King Institute of Preventive Medicine Micro-Biological Section reports 1909-11
Year: 1909
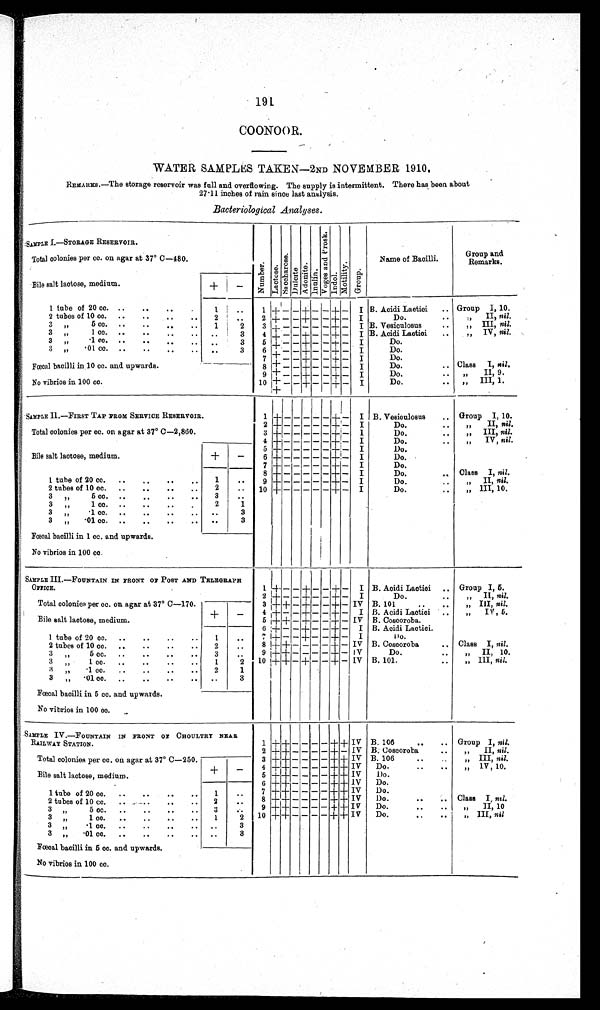
191
COONOOR.
WATER SAMPLES TAKEN
—2ND NOVEMBER 1910.
REMARKS.—The storage reservoir was full and overflowing. The supply is intermittent. There has been about
27·11 inches of rain since last analysis.
Bacteriological Analyses.
SAMPLE I.—STORAGE RESERVOIR.
Number.Lact ose.Sacchar ose.Dul ci t e.Adoni t e.Inul i n. V o g e s a n d P r o s k . Indol .Motility.Group.
Name of Bacilli.
Group and
Remarks.
Total colonies per cc. on agar at 37° C
—480.
Bile salt lactose, medium.
+
–
1 tube of 20 cc.
1
1 +
– –
+
– –
+
–
I B. Acidi Lactici
Group I, 10.
2 tubes of 10 cc.
2
2
+ – –
+
– –
+
–
I
Do.
„
II,
nil.
3 „ 5 cc.
1
2
3
+
– – – – –
+
–
I B. Vesiculosus
„
III,
nil.
3 „ 1 cc.
3
4
+
– –
+
– –
+
–
I B. Acidi Lactici
„
IV,
nil.
3 „ ·1 cc.
3
5
+
– –
+
– –
+
–
I
Do.
3 „ ·01cc.
3
6
+
– –
+
– –
+
–
I
Do.
Fœcal bacilli in 10 cc. and upwards.
7
+
– –
+
– –
+
–
I
Do.
8
+
– –
+
– –
+
–
I
Do.
Class I, nil.
No vibrios in 100 cc.
9
+
– –
+
– –
+
–
I
Do.
„
II
, 9.
10
+
– –
+
– –
+
–
I
Do.
„
III,
1.
SAMPLE II.—FIRST TAP FROM SERVICE RESERVOIR.
1
+
– – – – –
+
–
I B. Vesiculosus
Group I, 10.
2
+
– – – – –
+
–
I
Do.
„
II,
nil.
Total colonies per cc. on agar at 37° C
—2,860.
3
+
– – – – –
+
–
I
Do.
„
III,
nil.
4
+
– – – – –
+
–
I
Do.
„
IV,
nil.
5
+
– – – – –
+
–
I
Do.
Bile salt lactose, medium.
+
–
6
+
– – – – –
+
–
I
Do.
7
+
– – – – –
+
–
I
Do.
8
+
– – – – –
+
–
I
Do.
Class I, nil.
1 tube of 20 cc.
1
9
+
– – – – –
+
–
I
Do.
„
II,
nil.
2 tubes of 10 cc.
2
10
+
– – – – –
+
–
I
Do.
„
III,
10.
3 „ 5 cc.
3
3 „ 1 cc.
2
1
3 „ ·1 cc.
3
3 „ ·01 cc.
3
Fœcal bacilli in 1 cc. and upwards.
No vibrios in 100 cc.
SAMPLE III.—FOUNTAIN IN FRONT OF POST AND TELEGRAPH
OFFICE.
1
+
– –
+
– –
+
–
I B. Acidi Lactici
Group I, 5.
2
+
– –
+
– –
+
–
I
Do.
„
II,
nil.
Total colonies per cc. on agar at 37° C
—170.
3
+ +
–
+
– –
+
– IV B. 101
„
III,
nil.
Bile salt lactose, medium.
+
–
4
+
– –
+
– –
+
–
I B. Acidi Lactici
„
IV,
5.
5
+ +
–
+
– –
+
– IV B. Coscoroba.
6
+
– –
+
– –
+
–
I B. Acidi Lactici.
1 tube of 20 cc.
1
7
+
– –
+
– –
+
–
I
Do.
2 tubes of 10 cc
2
8
+ +
– – – –
+
– IV B. Coscoroba
Class I, nil.
3 „ 5 cc.
3
9
+ +
– – – –
+
– IV
Do.
„
II
, 10.
3 „ 1 cc.
1
2
10
+ +
–
+
– –
+
– IV B. 101.
„
III,
nil.
3 „ ·1 cc.
2
1
3 „ ·01 cc.
3
Fœcal bacilli in 5 cc. and upwards.
No vibrios in 100 cc.
SAMPLE IV.—FOUNTAIN IN FRONT OF CHOULTRY NEAR
RAILWAY STATION.
1
+ +
– – –
–
+ +
IV B. 106
Group I, nil.
2
+ +
– – – –
+
- IV B. Coscoroba
„
II,
nil.
Total colonies per cc. on agar at 37° C
—250.
3
+ +
– – – –
+ +
IV B. 106
„
III,
nil.
Bile salt lactose, medium.
+ –
4
+ +
– – – –
+ +
IV
Do.
„
IV,
10.
5
+ +
– – – –
+ +
IV
Do.
6
+ +
– – – –
+ +
IV
Do.
1 tube of 20 cc.
1
7
+ +
– – – –
+ +
IV
Do.
2 tubes of 10 cc.
2
8
+ +
– – – –
+ +
IV
Do.
Class I, nil.
3 „ 5 cc.
3
9
+ +
– – – –
+ +
IV
Do.
„
II,
10
3 „ 1 cc.
1
2
10
+ +
– – – –
+ +
IV
Do.
„
III,
nil
.
3 „ ·1 cc.
3
3 „ ·01 cc.
3
Fœcal bacilli in 5 cc. and upwards.
No vibrios in 100 cc.